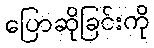
ပြောဆိုခြင်းကို